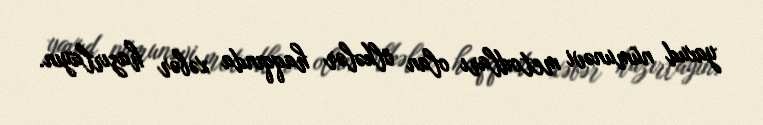
yaxud nümunəvi metodları olan ölkələr haqqında xəbər hazırlayın.